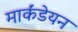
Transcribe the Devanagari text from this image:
मार्कंडेयन